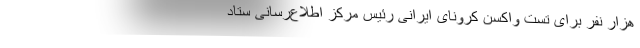
هزار نفر برای تست واکسن کرونای ایرانی رئیس مرکز اطلاع‌رسانی ستاد